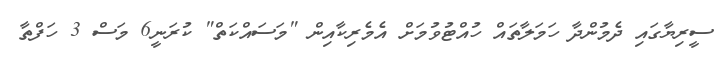
ސީރިޔާގައި ދެމުންދާ ހަމަލާތައް ހުއްޓުވުމަށް އެމެރިކާއިން "މަސައްކަތް" ކުރަނީ6 މަސް 3 ހަފްތާ